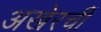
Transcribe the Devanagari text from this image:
अखेरचीं